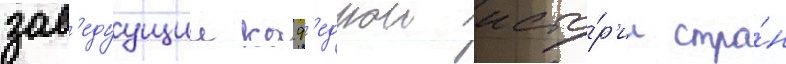
зав'едуущии каф'едрои исто́р'ии стра́н